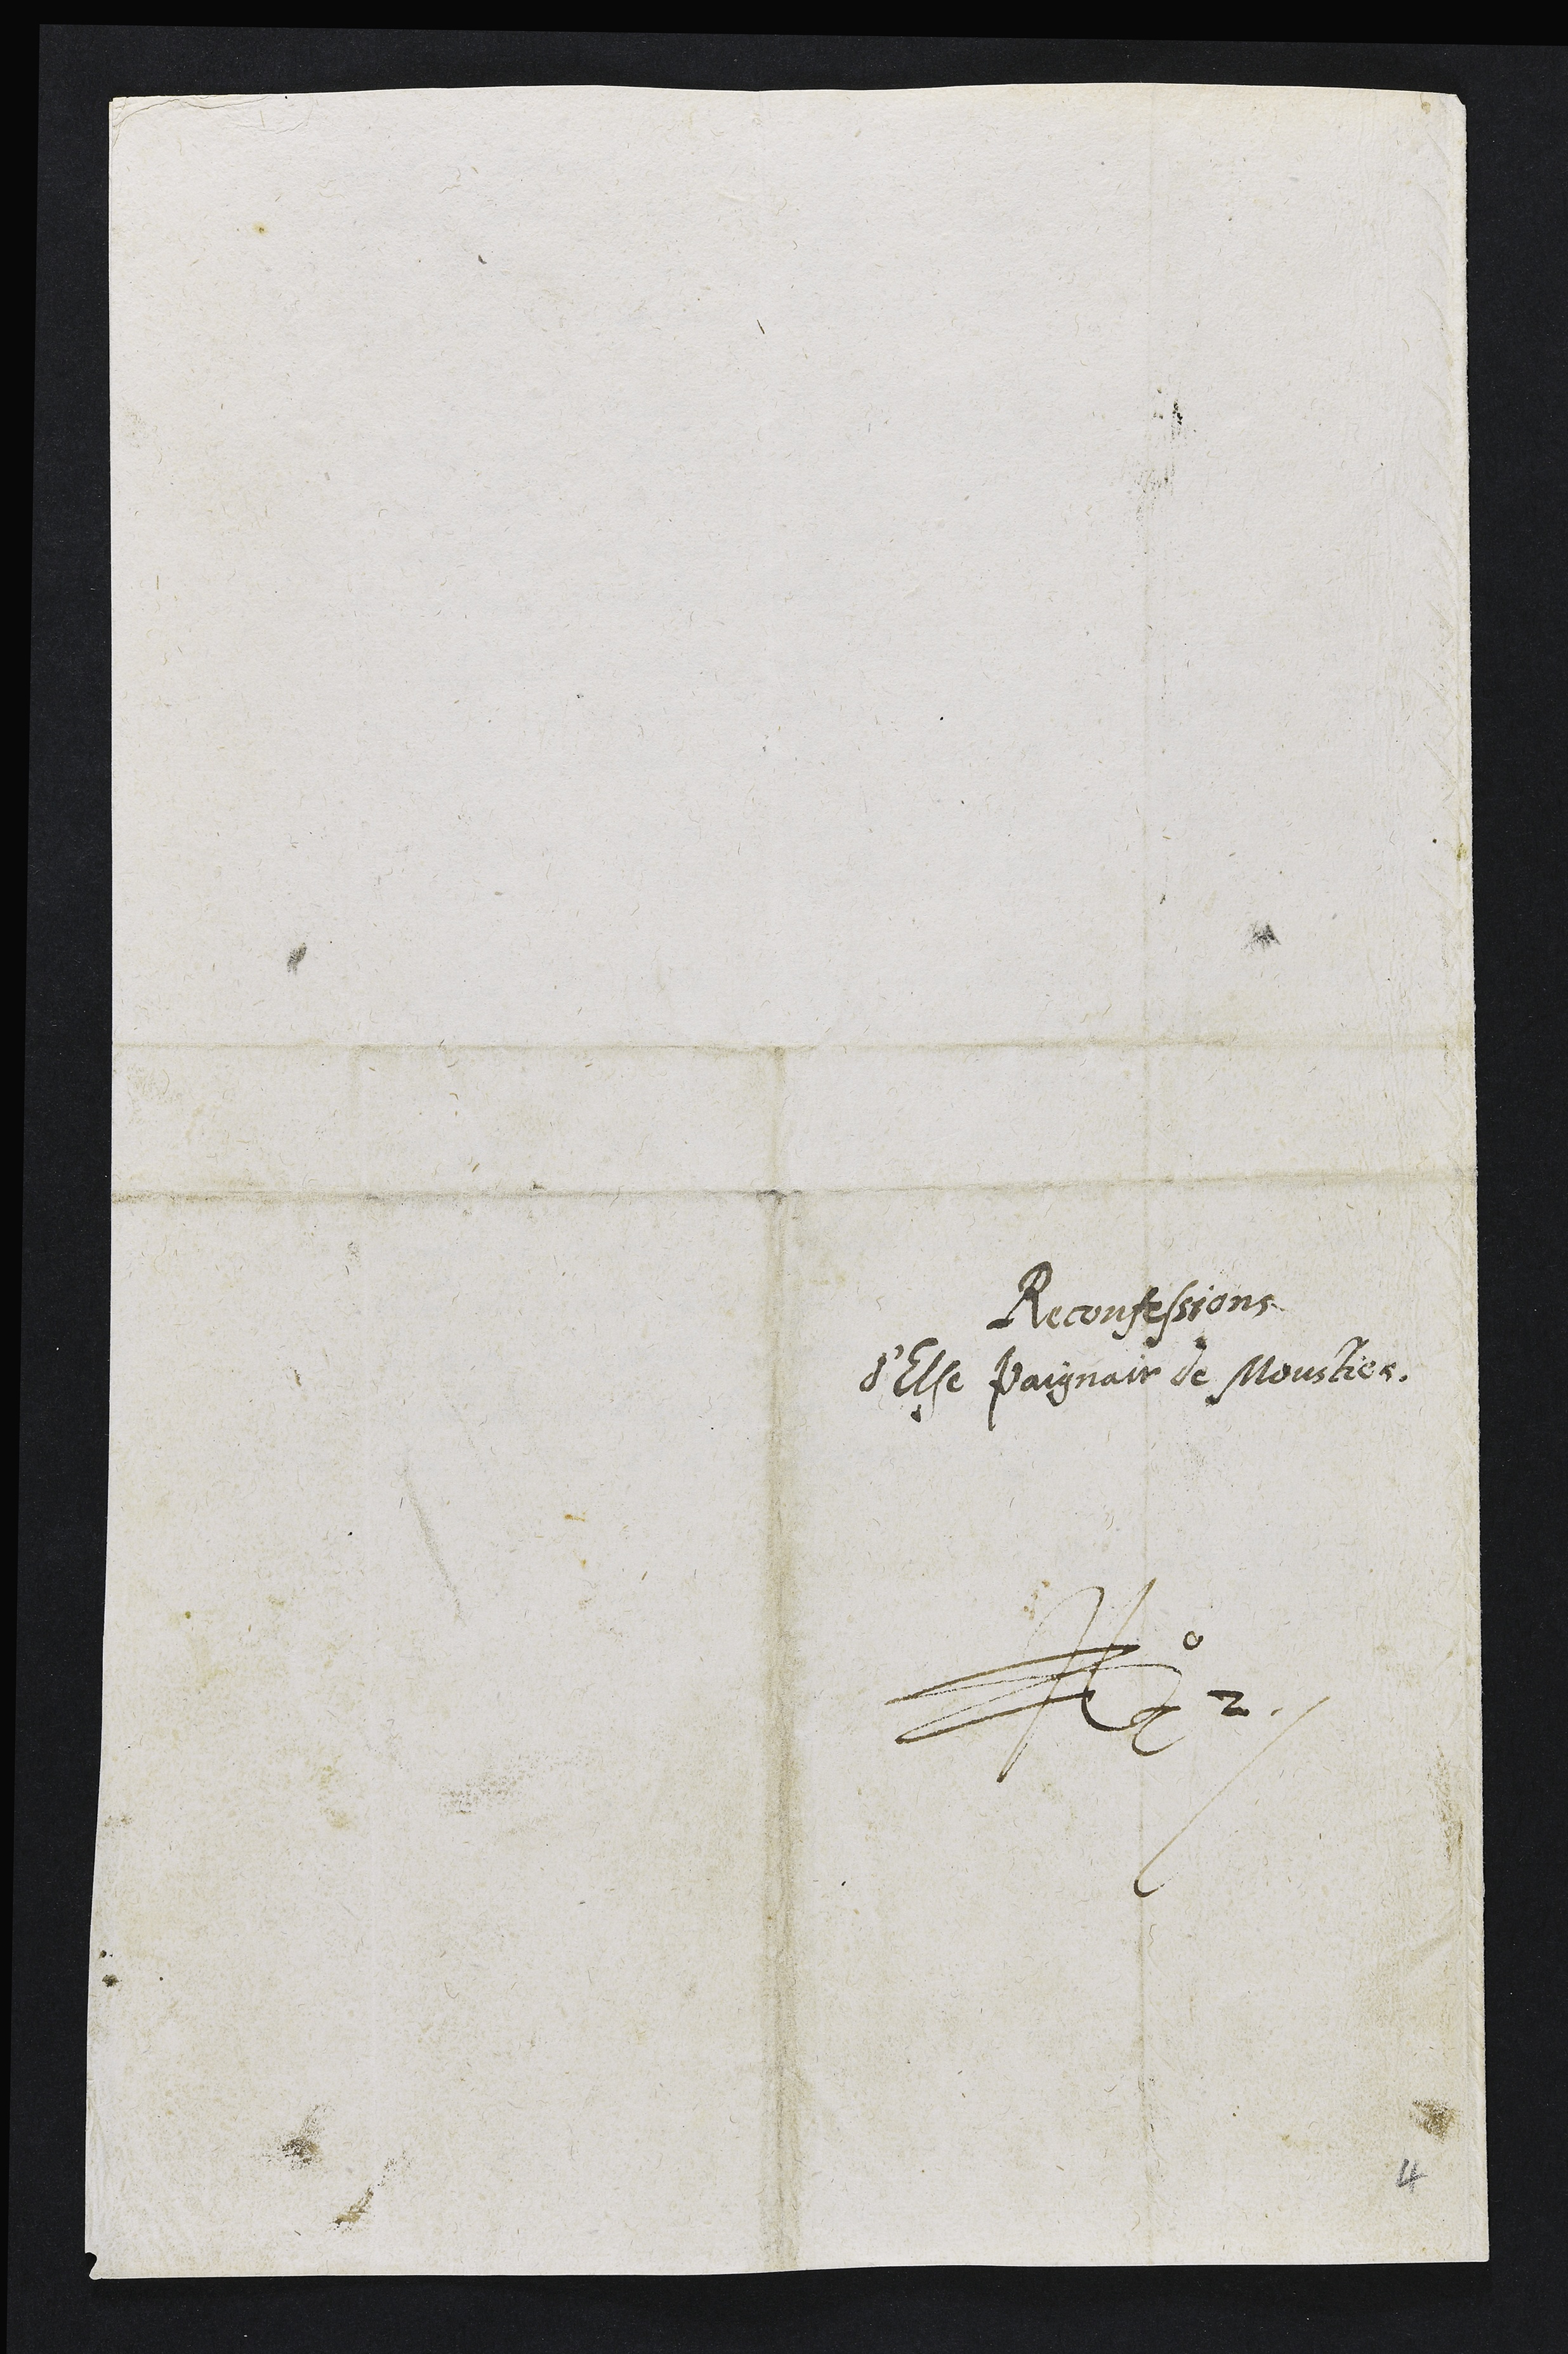
Reconfessions
d'Else Paignair de Moustier
N. 2

4